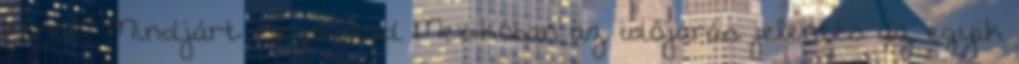
körül? Mind­járt meg­tu­dod Me­xi­kó­ban az idő­já­rás je­len­tés az egyik